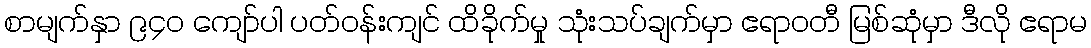
စာမျက်နှာ ၉၄၀ ကျော်ပါ ပတ်ဝန်းကျင် ထိခိုက်မှု သုံးသပ်ချက်မှာ ဧရာဝတီ မြစ်ဆုံမှာ ဒီလို ဧရာမ